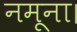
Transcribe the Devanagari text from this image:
नमूना।